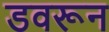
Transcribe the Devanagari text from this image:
डवरून